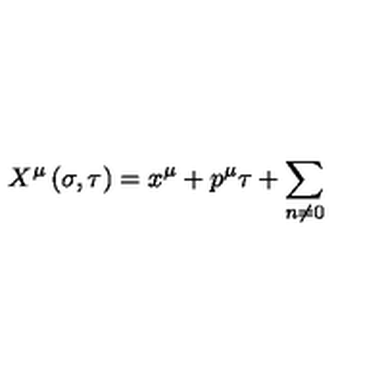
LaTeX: X ^ { \mu } \left( \sigma , \tau \right) = x ^ { \mu } + p ^ { \mu } \tau + \sum _ { n \neq 0 }